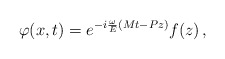
\begin{align*}\varphi (x,t)=e^{-i\frac \omega E(Mt-Pz)}f(z)\,,\end{align*}